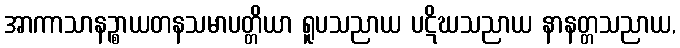
အာကာသာနဉ္စာယတနသမာပတ္တိယာ ရူပသညာယ ပဋိဃသညာယ နာနတ္တသညာယ,